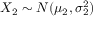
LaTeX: X _ { 2 } \sim N ( \mu _ { 2 } , \sigma _ { 2 } ^ { 2 } )